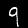
Digit: 9